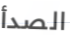
الصدأ